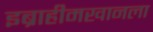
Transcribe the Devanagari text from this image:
इब्राहीमखानला